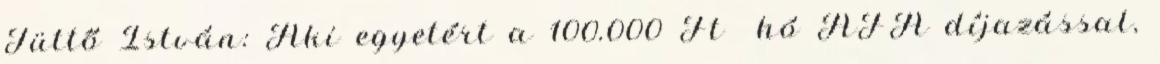
Tüttő István: Aki egyetért a 100.000 Ft hó ÁFA díjazással,